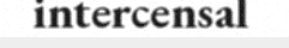
intercensal